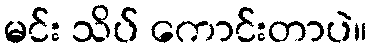
မင်း သိပ် ကောင်းတာပဲ။